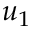
u _ { 1 }